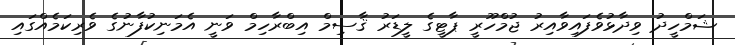
ޝަމްހީދު ވިދާޅުވެފައިވާއިރު ޖުމްހޫރީ ޕާޓީގެ ލީޑަރު ޤާސިމް އިބްރާހިމް ވަނީ އެމަނިކުފާނުގެ ވެރިކަމެއްގައި